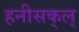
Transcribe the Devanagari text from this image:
हनीसक्‌ल्‌